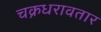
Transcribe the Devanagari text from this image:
चक्रधरावतार